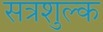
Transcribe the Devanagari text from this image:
सत्रशुल्क